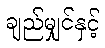
ချည်မျှင်နှင့်